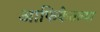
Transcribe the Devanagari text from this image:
आफिकेतल्या